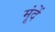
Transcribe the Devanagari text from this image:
मूंदें